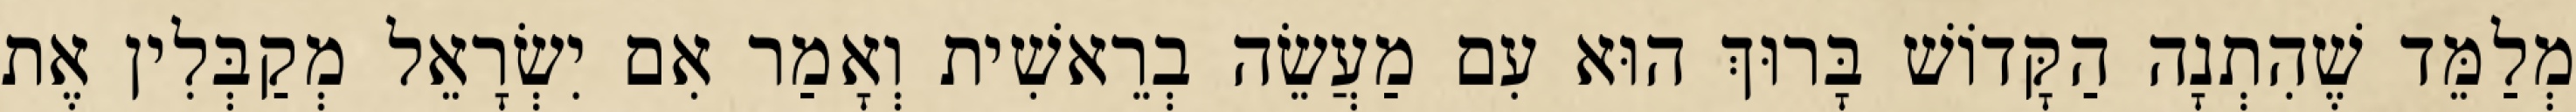
מְלַמֵּד שֶׁהִתְנָה הַקָּדוֹשׁ בָּרוּךְ הוּא עִם מַעֲשֵׂה בְרֵאשִׁית וְאָמַר אִם יִשְׂרָאֵל מְקַבְּלִין אֶת